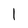
Character: 1